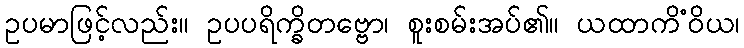
ဥပမာဖြင့်လည်း။ ဥပပရိက္ခိတဗ္ဗော၊ စူးစမ်းအပ်၏။ ယထာကိံဝိယ၊